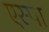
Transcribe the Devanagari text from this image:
एस्पा